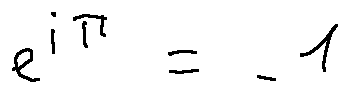
e ^ { i \pi } = - 1